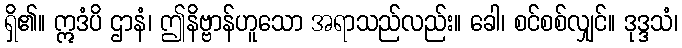
ရှိ၏။ ဣဒံပိ ဌာနံ၊ ဤနိဗ္ဗာန်ဟူသော အရာသည်လည်း။ ခေါ၊ စင်စစ်လျှင်။ ဒုဒ္ဒသံ၊